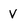
Character: V